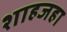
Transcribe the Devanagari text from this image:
शाहजहा